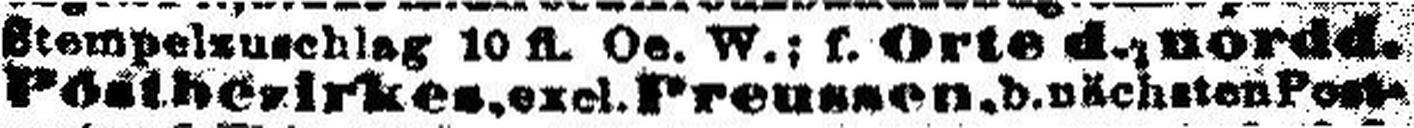
Postbezirkes, exel.Preussen.d.nächsten Post¬